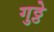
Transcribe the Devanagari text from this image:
गुठ्ठे